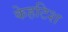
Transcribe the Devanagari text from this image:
केहटिश